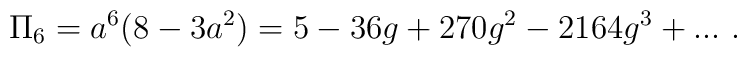
\Pi _6=a^6(8-3a^2)=5-36g+270g^2-2164g^3+...~.